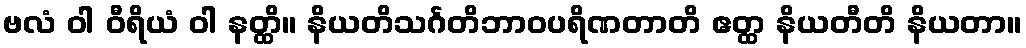
ဗလံ ဝါ ဝီရိယံ ဝါ နတ္ထိ။ နိယတိသင်္ဂတိဘာဝပရိဏတာတိ ဧတ္ထ နိယတီတိ နိယတာ။